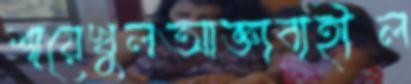
শায়েখুলআজ্ঞাবাহীল